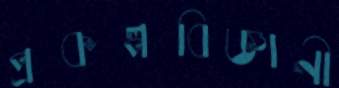
প্রকল্পবিজ্ঞানী